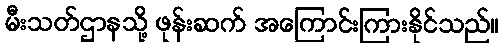
မီးသတ်ဌာနသို့ ဖုန်းဆက် အကြောင်းကြားနိုင်သည်။